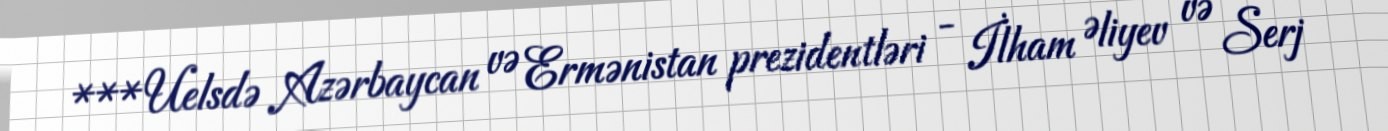
***Uelsdə Azərbaycan və Ermənistan prezidentləri - İlham Əliyev və Serj